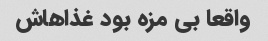
واقعا بی مزه بود غذاهاش